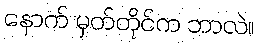
နောက် မှတ်တိုင်က ဘာလဲ။